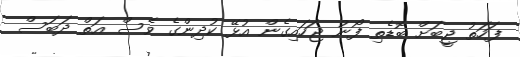
ފަހަތު ޖީބަށް ބޮޑެތި ފޯނު ޖަހައިގެން އުޅޭ ކުދިންގެ ވެސް އަތް ދަބަސް